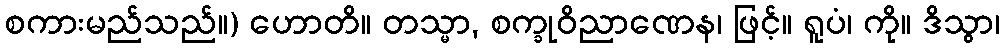
စကားမည်သည်။) ဟောတိ။ တသ္မာ, စက္ခုဝိညာဏေန၊ ဖြင့်။ ရူပံ၊ ကို။ ဒိသွာ၊